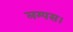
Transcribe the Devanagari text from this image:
लम्पस।